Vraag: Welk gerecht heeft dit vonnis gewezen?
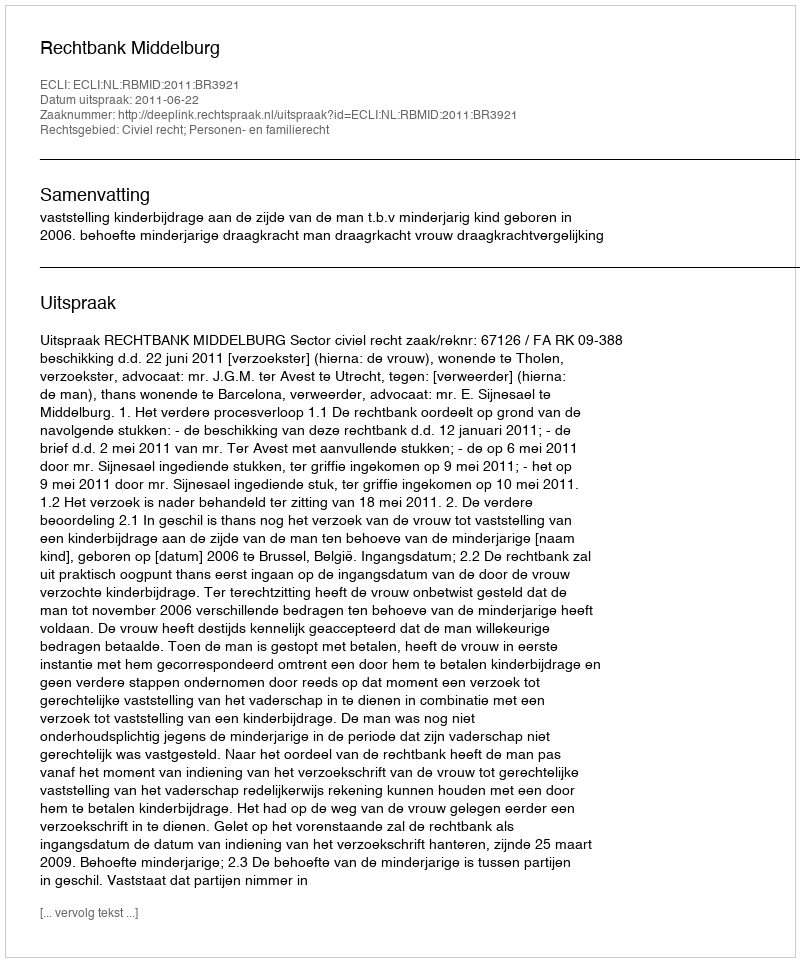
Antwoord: Rechtbank Middelburg